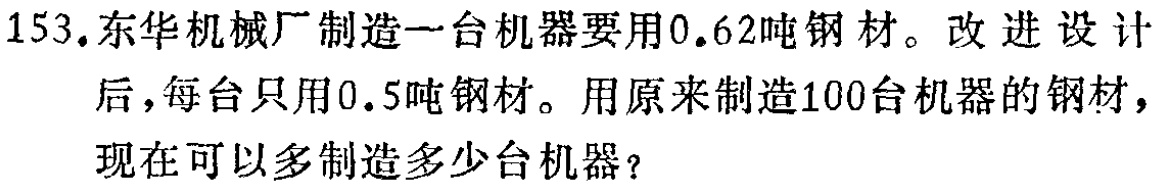
153.东华机械厂制造一台机器要用0.62吨钢材。改进设计后，每台只用0.5吨钢材。用原来制造100台机器的钢材，现在可以多制造多少台机器？